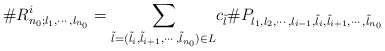
\begin{align*} \#R^i_{n_0;l_1,\cdots,l_{n_0}}=\underset{\tilde{l}=(\tilde{l}_{i},\tilde{l}_{i+1},\cdots,\tilde{l}_{n_0})\in L}{\sum} c_{\tilde{l}}\#P_{l_1,l_2,\cdots,l_{i-1},\tilde{l}_i,\tilde{l}_{i+1},\cdots,\tilde{l}_{n_0}}\end{align*}